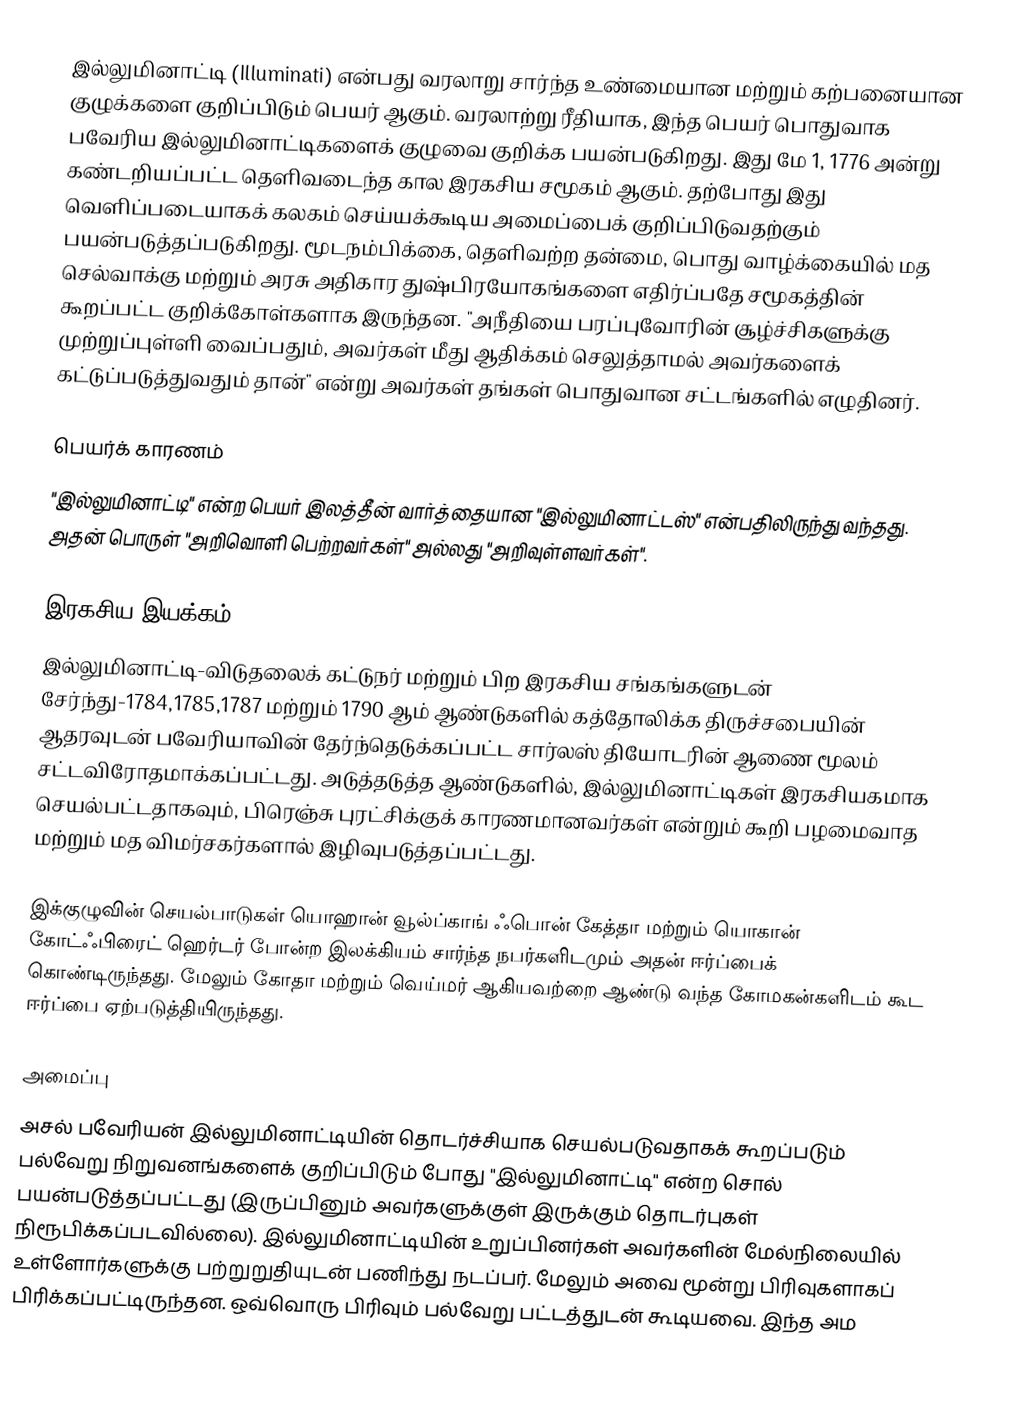
இல்லுமினாட்டி (Illuminati) என்பது வரலாறு சார்ந்த உண்மையான மற்றும் கற்பனையான குழுக்களை குறிப்பிடும் பெயர் ஆகும். வரலாற்று ரீதியாக, இந்த பெயர் பொதுவாக பவேரிய இல்லுமினாட்டிகளைக் குழுவை குறிக்க பயன்படுகிறது. இது மே 1, 1776 அன்று கண்டறியப்பட்ட தெளிவடைந்த கால இரகசிய சமூகம் ஆகும். தற்போது இது வெளிப்படையாகக் கலகம் செய்யக்கூடிய அமைப்பைக் குறிப்பிடுவதற்கும் பயன்படுத்தப்படுகிறது. மூடநம்பிக்கை, தெளிவற்ற தன்மை, பொது வாழ்க்கையில் மத செல்வாக்கு மற்றும் அரசு அதிகார துஷ்பிரயோகங்களை எதிர்ப்பதே சமூகத்தின் கூறப்பட்ட குறிக்கோள்களாக இருந்தன. "அநீதியை பரப்புவோரின் சூழ்ச்சிகளுக்கு முற்றுப்புள்ளி வைப்பதும், அவர்கள் மீது ஆதிக்கம் செலுத்தாமல் அவர்களைக் கட்டுப்படுத்துவதும் தான்" என்று அவர்கள் தங்கள் பொதுவான சட்டங்களில் எழுதினர்.

பெயர்க் காரணம்
"இல்லுமினாட்டி" என்ற பெயர் இலத்தீன் வார்த்தையான "இல்லுமினாட்டஸ்" என்பதிலிருந்து வந்தது. அதன் பொருள் "அறிவொளி பெற்றவர்கள்" அல்லது "அறிவுள்ளவர்கள்".

இரகசிய இயக்கம்
இல்லுமினாட்டி-விடுதலைக் கட்டுநர் மற்றும் பிற இரகசிய சங்கங்களுடன் சேர்ந்து-1784,1785,1787 மற்றும் 1790 ஆம் ஆண்டுகளில் கத்தோலிக்க திருச்சபையின் ஆதரவுடன் பவேரியாவின் தேர்ந்தெடுக்கப்பட்ட சார்லஸ் தியோடரின் ஆணை மூலம் சட்டவிரோதமாக்கப்பட்டது. அடுத்தடுத்த ஆண்டுகளில், இல்லுமினாட்டிகள் இரகசியகமாக செயல்பட்டதாகவும், பிரெஞ்சு புரட்சிக்குக் காரணமானவர்கள் என்றும் கூறி பழமைவாத மற்றும் மத விமர்சகர்களால்  இழிவுபடுத்தப்பட்டது.

இக்குழுவின் செயல்பாடுகள் யொஹான் வூல்ப்காங் ஃபொன் கேத்தா மற்றும் யொகான் கோட்ஃபிரைட் ஹெர்டர் போன்ற இலக்கியம் சார்ந்த நபர்களிடமும் அதன் ஈர்ப்பைக் கொண்டிருந்தது. மேலும் கோதா மற்றும் வெய்மர் ஆகியவற்றை ஆண்டு வந்த கோமகன்களிடம் கூட ஈர்ப்பை ஏற்படுத்தியிருந்தது.

அமைப்பு
அசல் பவேரியன் இல்லுமினாட்டியின் தொடர்ச்சியாக செயல்படுவதாகக் கூறப்படும் பல்வேறு நிறுவனங்களைக் குறிப்பிடும் போது "இல்லுமினாட்டி" என்ற சொல் பயன்படுத்தப்பட்டது (இருப்பினும் அவர்களுக்குள் இருக்கும் தொடர்புகள் நிரூபிக்கப்படவில்லை). இல்லுமினாட்டியின் உறுப்பினர்கள் அவர்களின் மேல்நிலையில் உள்ளோர்களுக்கு பற்றுறுதியுடன் பணிந்து நடப்பர். மேலும் அவை மூன்று பிரிவுகளாகப் பிரிக்கப்பட்டிருந்தன. ஒவ்வொரு பிரிவும் பல்வேறு பட்டத்துடன் கூடியவை. இந்த அம